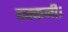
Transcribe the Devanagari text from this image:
दक्कनी।